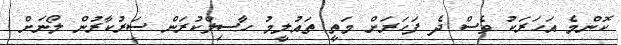
ކޮންމެ އަހަރަކު ވެސް ދެ ފަހަރަށް މަތީ ތައުލީމު ހާސިލްކުރަން ސަރުކާރުން ލޯނަށް